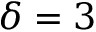
\delta = 3